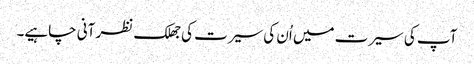
آپ کی سیرت میں اُن کی سیرت کی جھلک نظر آنی چاہیے۔